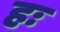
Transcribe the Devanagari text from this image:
हः